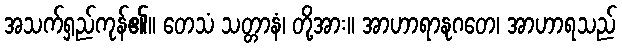
အသက်ရှည်ကုန်၏။ တေသံ သတ္တာနံ၊ တို့အား။ အာဟာရာနုဂတေ၊ အာဟာရသည်